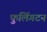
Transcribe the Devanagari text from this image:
फुलिंगटन